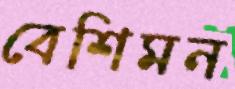
বেশিমন